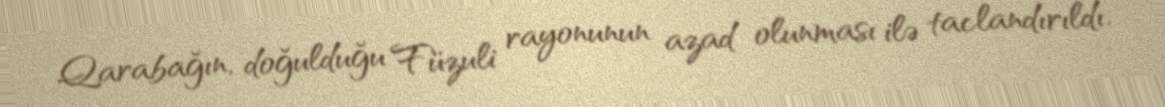
Qarabağın, doğulduğu Füzuli rayonunun azad olunması ilə taclandırıldı.